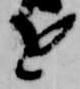
を